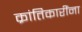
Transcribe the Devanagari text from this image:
क्रांतिकारींना